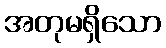
အတုမရှိသော